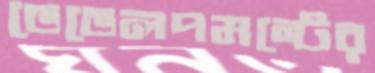
ডেভেলপমন্টের